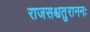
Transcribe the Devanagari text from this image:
राजसश्चतुराननः